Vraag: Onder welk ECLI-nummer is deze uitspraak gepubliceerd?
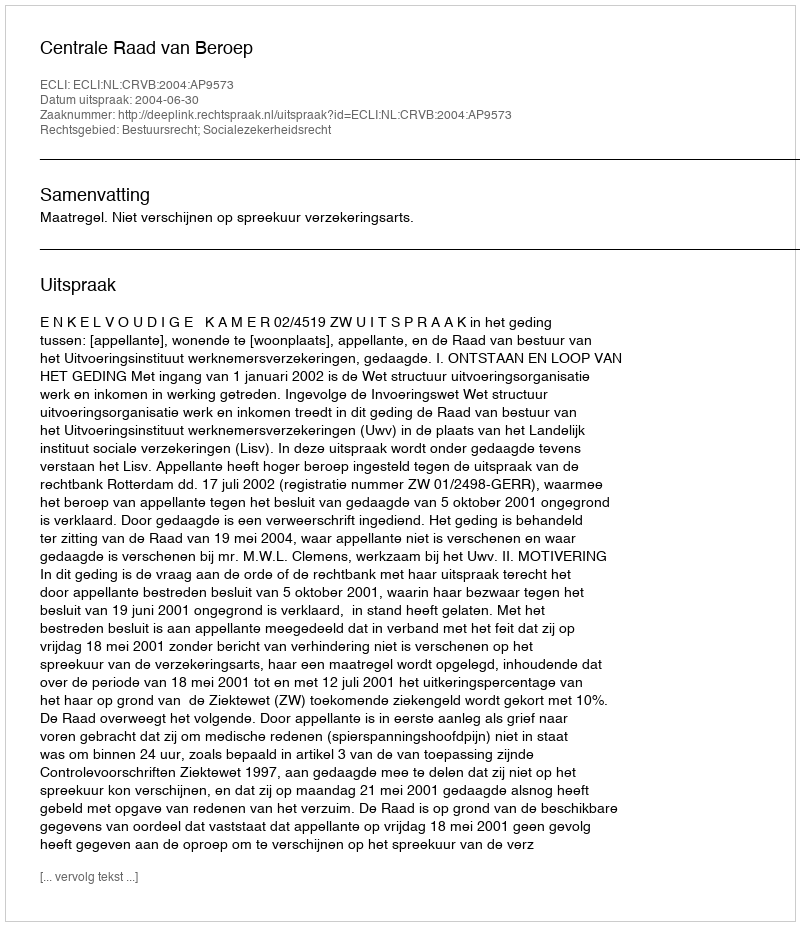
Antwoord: ECLI:NL:CRVB:2004:AP9573